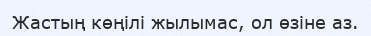
Жастың көңілі жылымас, ол өзіне аз.